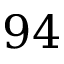
9 4